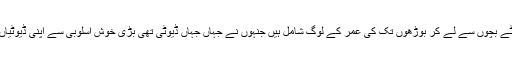
ان کو تمام انتظامیہ کا شکر گزار ہونا چاہئے اور پھر جو تمام کارکنان ہیں جن میں چھوٹے بچوں سے لے کر بوڑھوں تک کی عمر کے لوگ شامل ہیں جنہوں نے جہاں جہاں ڈیوٹی تھی بڑی خوش اسلوبی سے اپنی ڈیوٹیاں ادا کیں، اپنے فرائض نبھائے اور مہمانوں کے لئے سہولت بہم پہنچانے کی کوشش کی۔